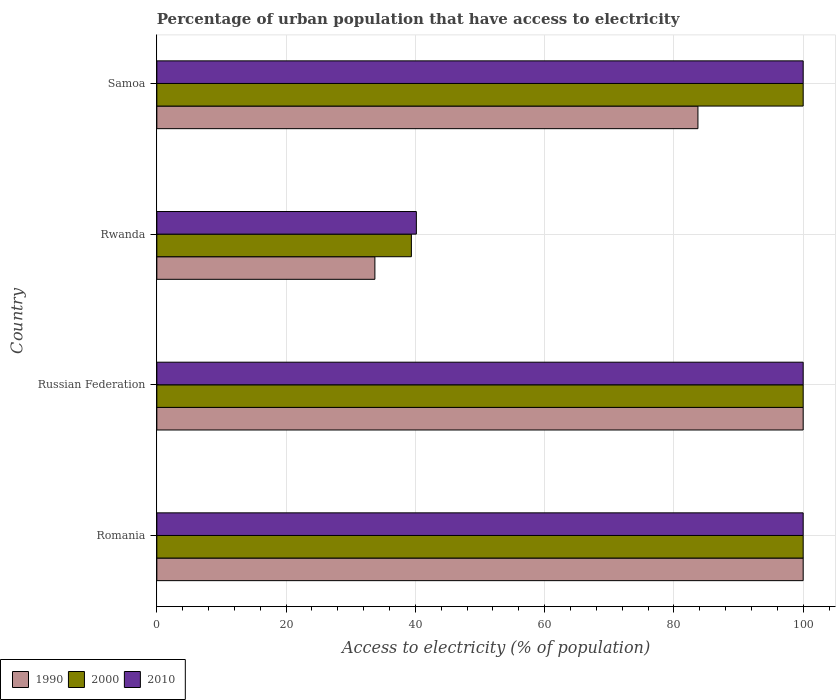
| Country | 1990 | 2000 | 2010 |
 | --- | --- | --- | --- |
 | Romania | 100 | 100 | 100 |
 | Russian Federation | 100 | 100 | 100 |
 | Rwanda | 33.7 | 39.4 | 40.2 |
 | Samoa | 83.7 | 100 | 100 |